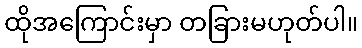
ထိုအကြောင်းမှာ တခြားမဟုတ်ပါ။